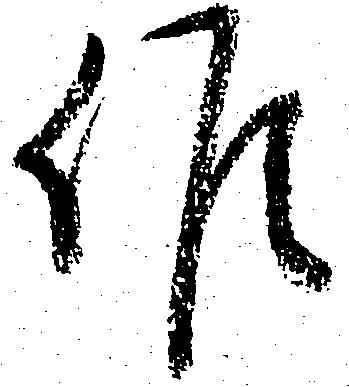
候